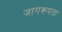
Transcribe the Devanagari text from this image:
जागरूपता